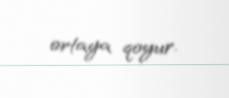
ortaya qoyur.